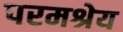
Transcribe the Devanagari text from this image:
परमश्रेय